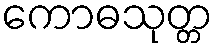
ကောဓသုတ္တ